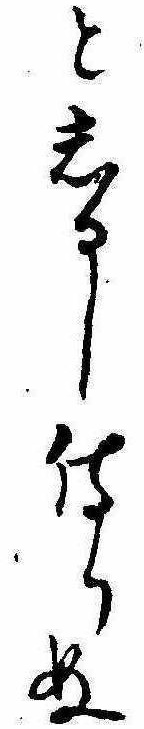
としるし侍りぬ